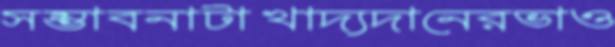
সম্ভাবনাটাখাদ্যদানেরভাও